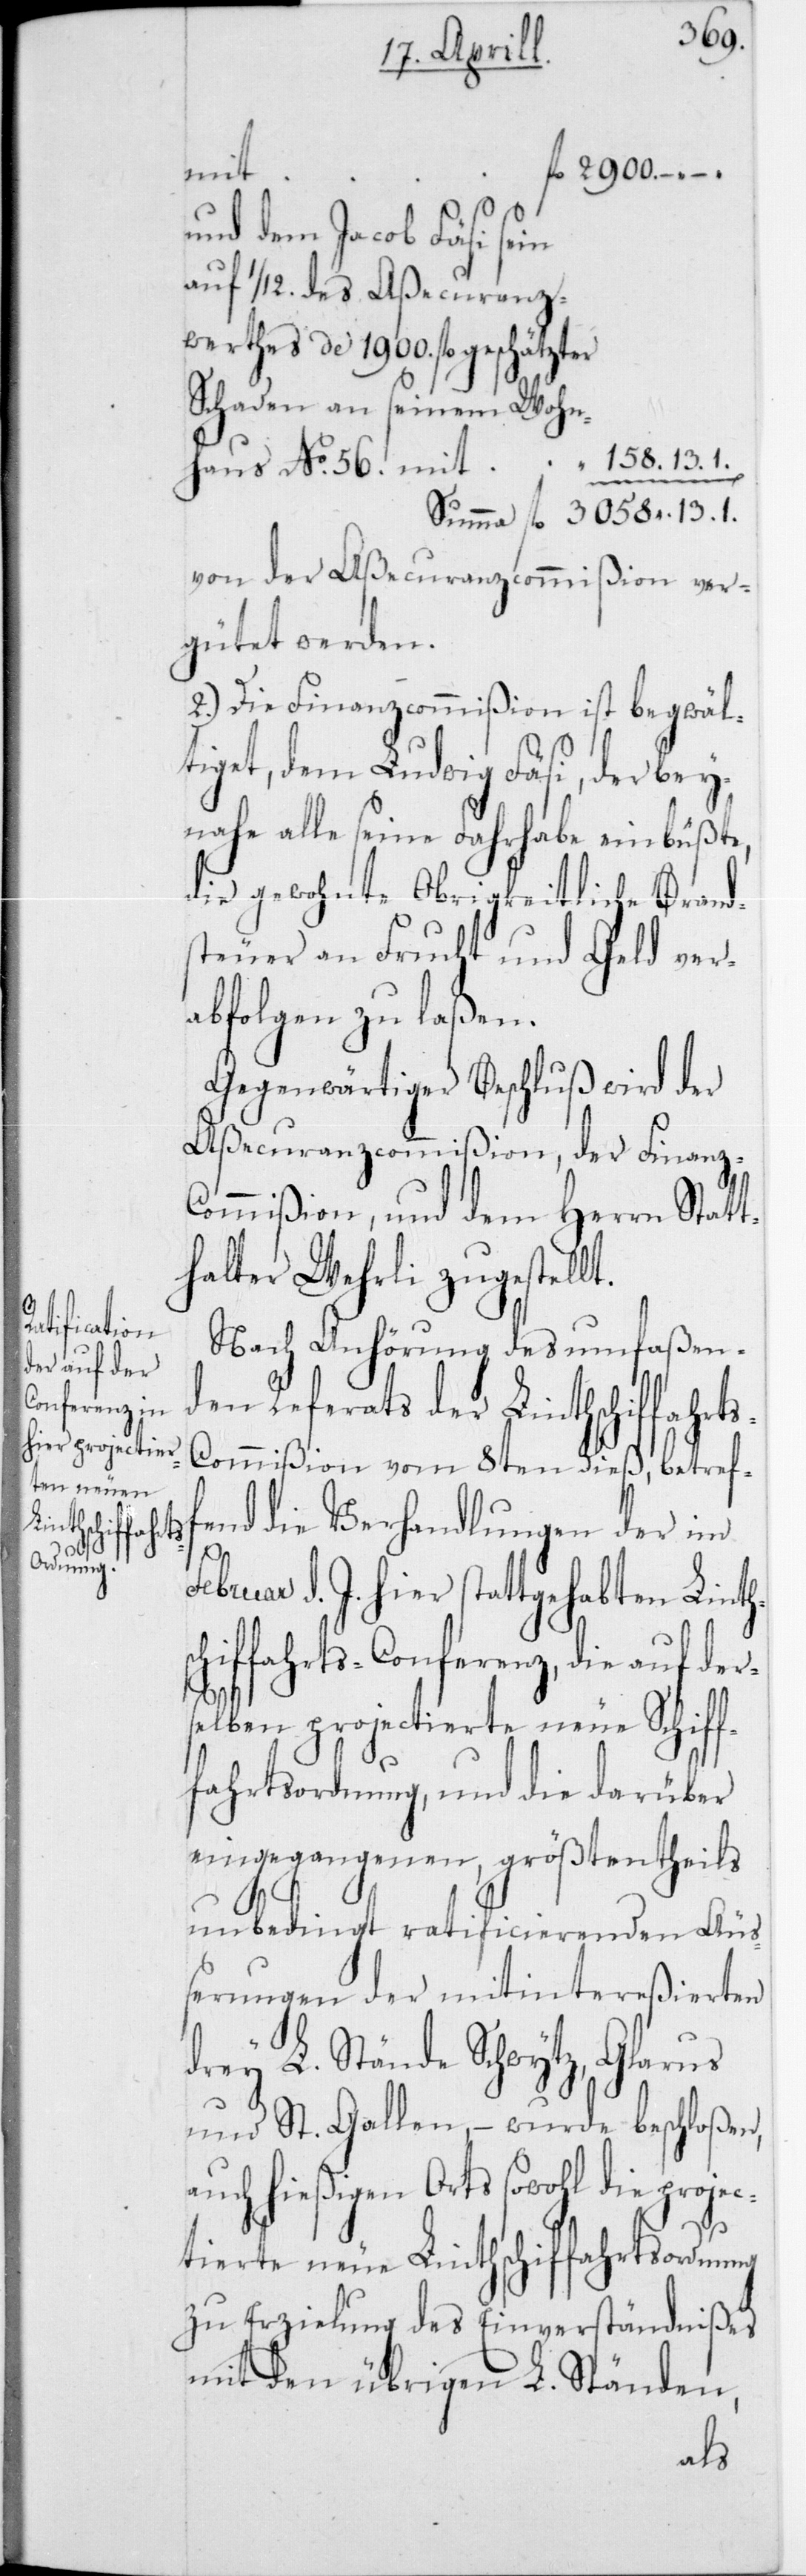
s-C¬

mit
und dem Jacob Fäsi sein
auf 1/12 des Aßecuranz¬
werthes de 1900 fl. geschätzter
Schaden an seinem Wohn¬
haus
von der Aßecuranzcommißion ver¬
gütet werden.
2.) Die Finanzcommißion ist begwäl¬
tiget, dem Ludwig Fäsi, der bey¬
nahe alle seine Fahrhabe einbüßte,
die gewohnte Obrigkeitliche Brand¬
steuer an Frucht und Geld ver¬
abfolgen zu laßen.
Gegenwärtiger Beschluß wird der
Aßecuranzcommißion, der Finanz-C¬
ommißion, und dem Herrn Statt¬
halter Wehrli zugestellt.
Nach Anhörung des umfaßen¬
den Referats der Linthschiffahrt¬
ommißion vom 8ten dieß, betref¬
fend die Verhandlungen der im F¬
ebruar d. J. hier stattgehabten Linths¬
chiffahrts-Conferenz, die auf der¬
selben projectierte neue Schif¬
fahrtsordnung, und die darüber
eingegangenen, größtentheils
unbedingt ratificierenden Äuß¬
erungen der mitintereßierten
drey L. Stände Schwytz, Glarus
und St. Gallen, – wurde beschloßen,
auch hießigen Orts sowohl die projec¬
tierte neue Linthschiffahrtsordnung
zu Erzielung des Einverständnißes
mit den übrigen L. Ständen,